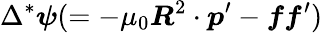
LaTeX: \Delta^{*}\boldsymbol{\psi}(=-\mu_{0}\boldsymbol{R}^{2}\cdot\boldsymbol{p}^{\prime}-\boldsymbol{ff}^{\prime})